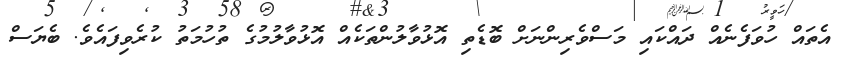
އެތައް ހުވަފެނެއް ދައްކައި މަސްވެރިންނަށް ބޮޑެތި އޮޅުވާލުންތަކެއް އޮޅުވާލުމުގެ ތުހުމަތު ކުރެވިފައެވެ. ބެޔަސް